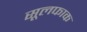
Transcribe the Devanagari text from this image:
सूलफाक